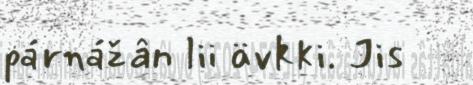
párnážân lii ävkki. Jis